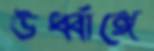
ঊর্ধ্বাঙ্গে